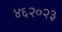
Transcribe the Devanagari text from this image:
४६२०२३